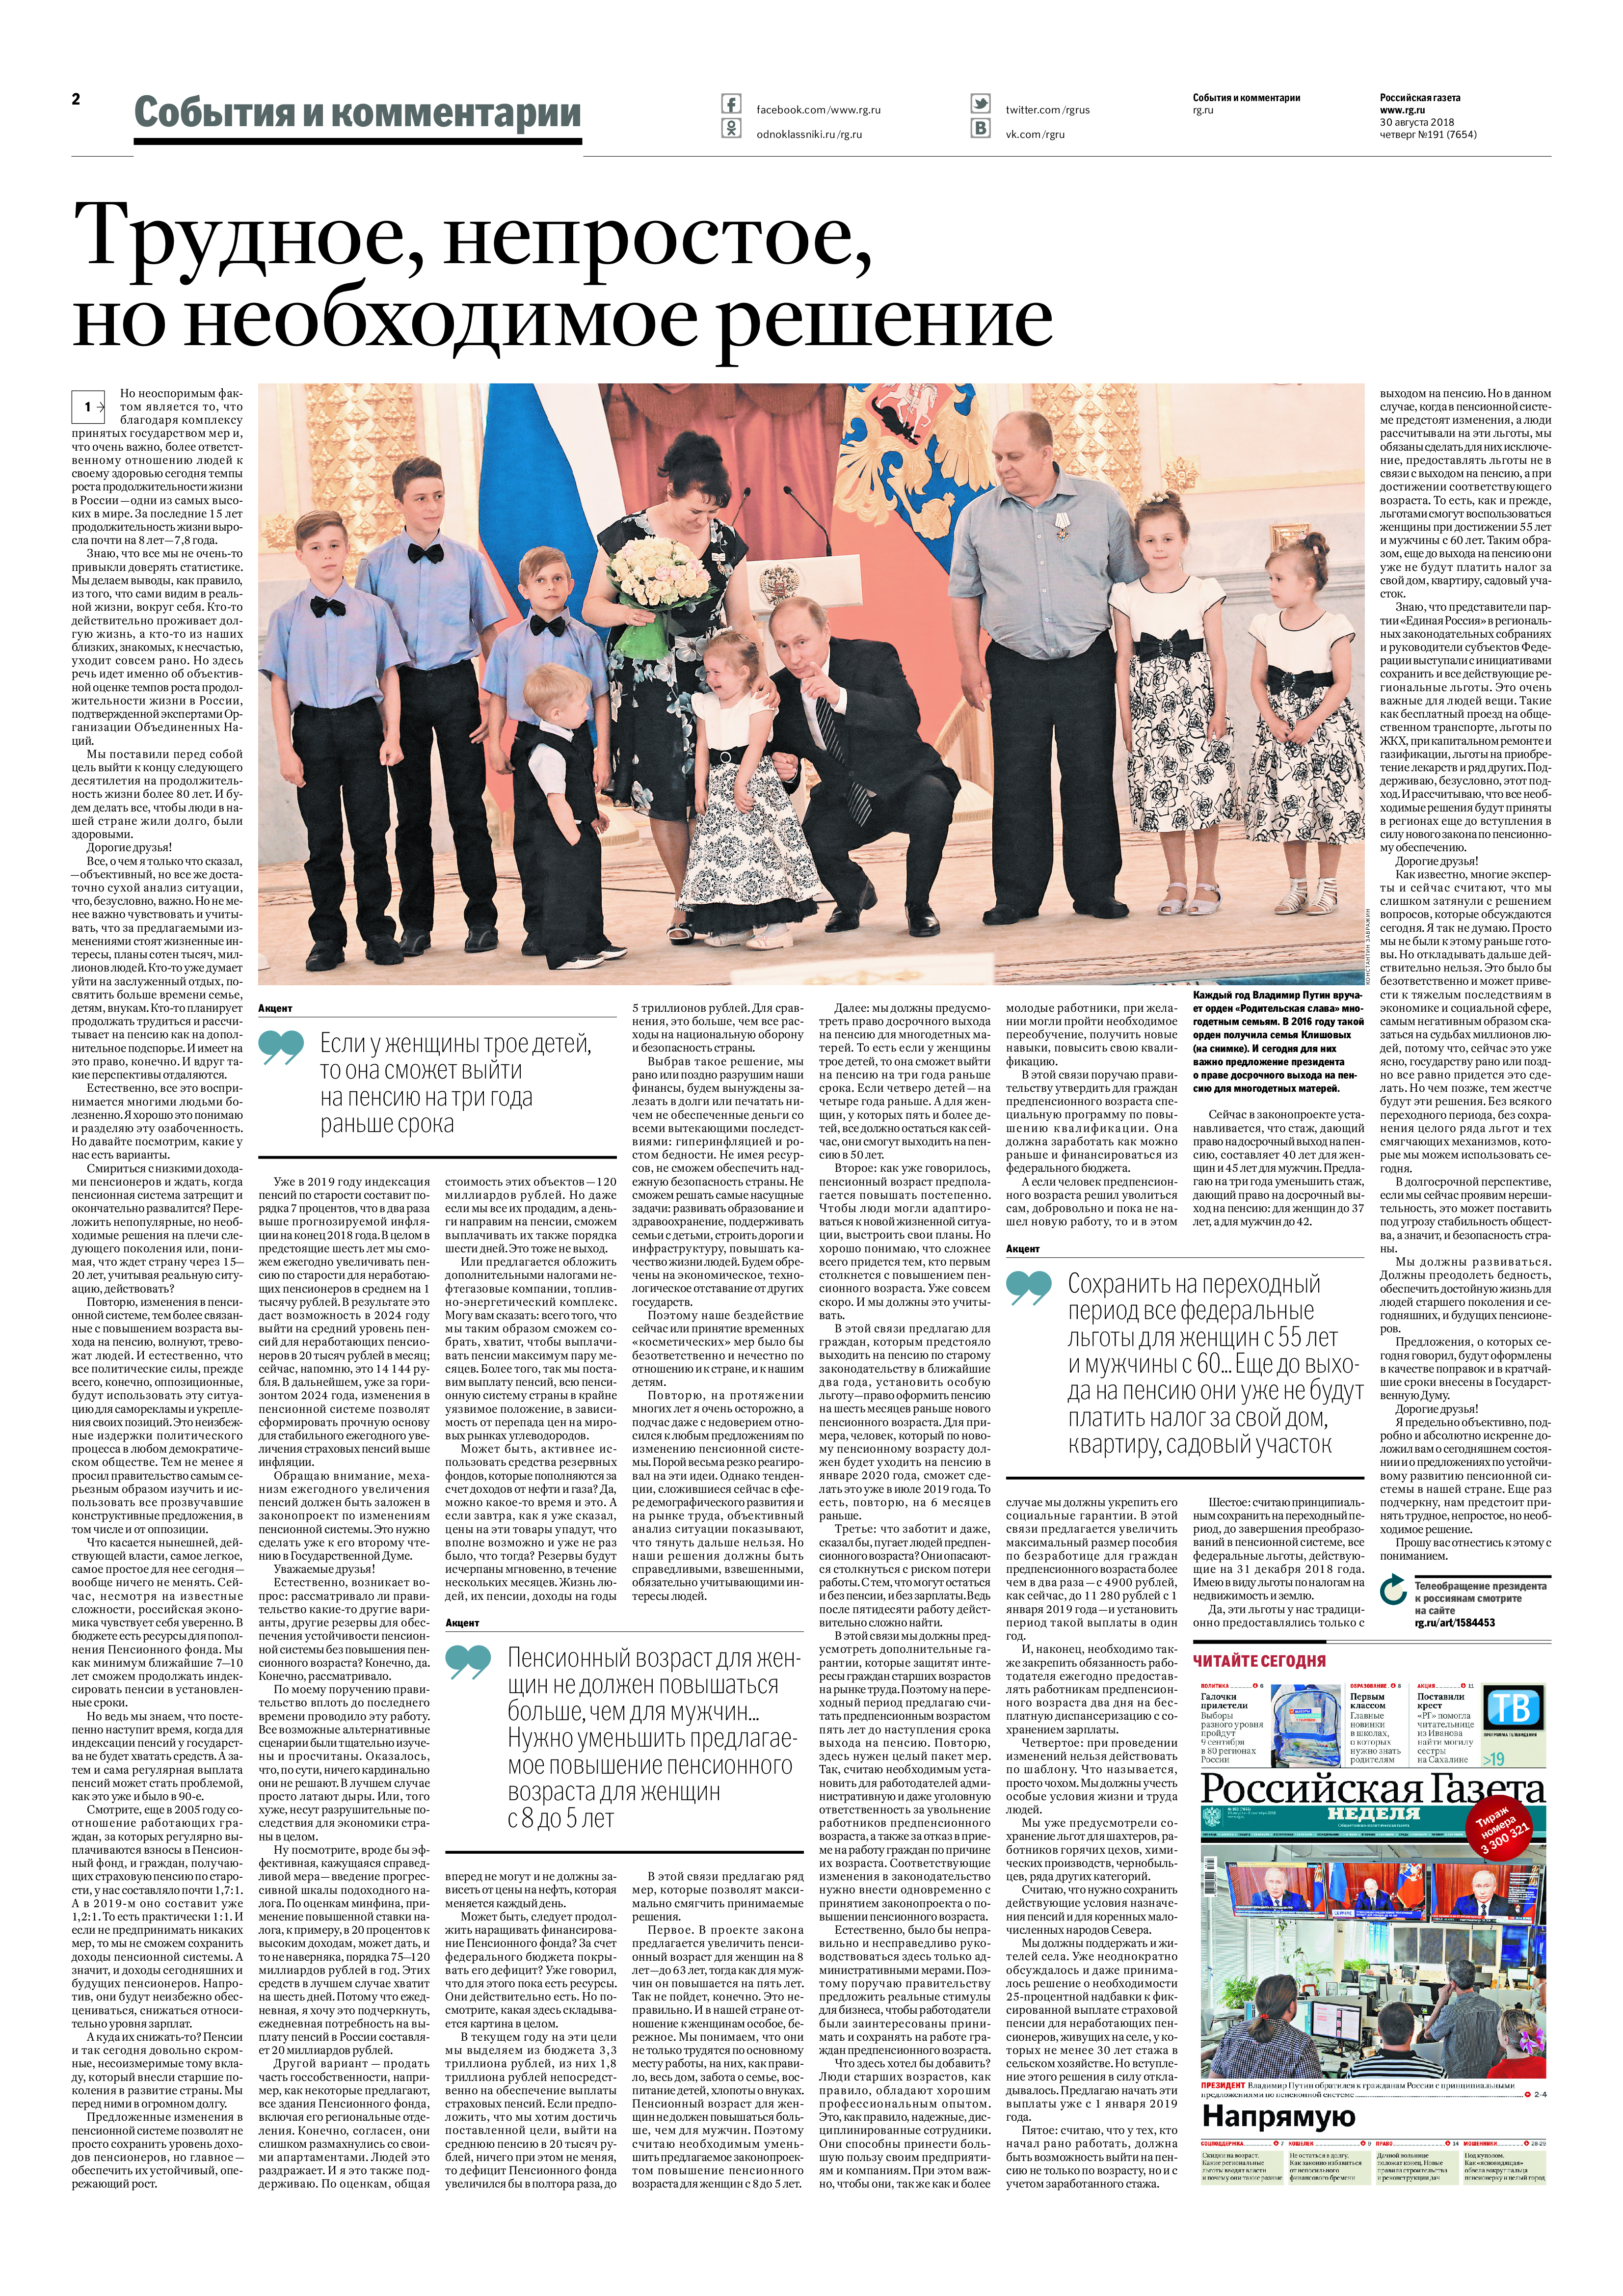
Language: ru